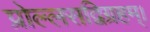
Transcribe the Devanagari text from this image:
प्रोल्लसद्विग्रहम्।